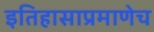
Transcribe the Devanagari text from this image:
इतिहासाप्रमाणेच